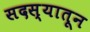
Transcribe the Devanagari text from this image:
सदस्यातून